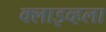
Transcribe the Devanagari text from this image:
क्लाइव्हला